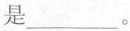
是___。